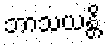
ဘာသယန္တိ